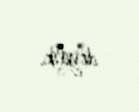
deyilik.